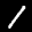
Label: 1